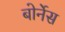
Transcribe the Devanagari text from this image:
बोर्नेस